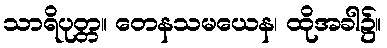
သာရိပုတ္တ။ တေနသမယေန၊ ထိုအခါ၌။